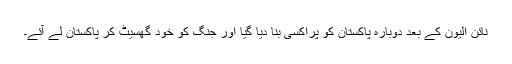
نائن الیون کے بعد دوبارہ پاکستان کو پراکسی بنا دیا گیا اور جنگ کو خود گھسیٹ کر پاکستان لے آئے۔